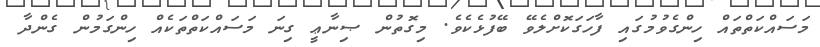
މަސައްކަތްތައް ހިންގެވުމުގައި ފާހަގަކޮށްލެވޭ ބޭފުޅެކެވެ. މިގޮތުން ޞިނާޢީ ގިނަ މަސައްކަތްތަކެއް ހިންގަމުން ގެންދާ